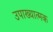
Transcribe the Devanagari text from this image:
उपाख्यात्मक